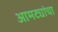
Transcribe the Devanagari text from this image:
आमट्यांचा